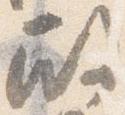
殿